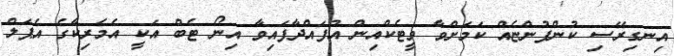
އިނގިރޭސި ކުންފުންޏެއް ކަމަށްވާ ވީޓެކްއިން އުފައްދާފައިވާ އިނޯ ޓެބް އަކީ އެމެރިކާގެ އެޕަލް